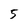
Character: 5